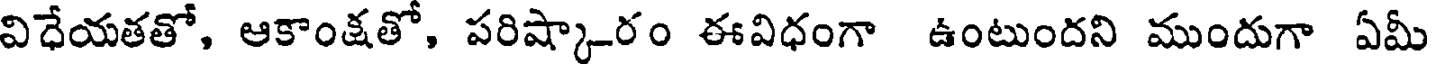
విధేయతతో, ఆకాంక్షతో, పరిష్కారం ఈవిధంగా ఉంటుందని ముందుగా ఏమీ